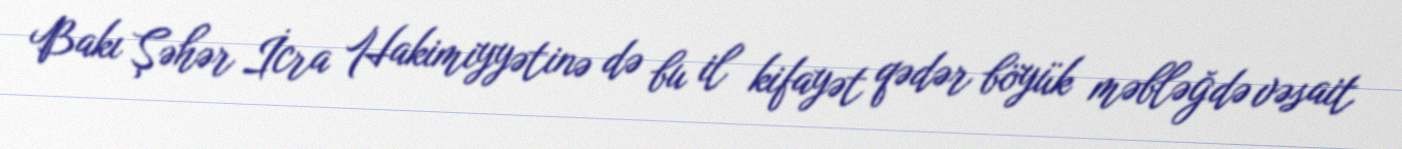
Bakı Şəhər İcra Hakimiyyətinə də bu il kifayət qədər böyük məbləğdə vəsait